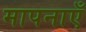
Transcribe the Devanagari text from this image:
मापनाएँ